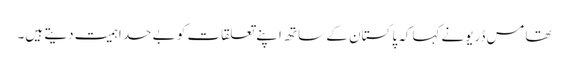
تھامس ڈریونے کہاکہ پاکستان کے ساتھ اپنے تعلقات کو بے حد اہمیت دیتے ہیں۔